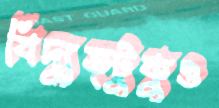
বিদ্যুত্টুকুও